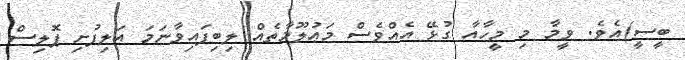
ބީސީ)އެވެ. ވީމާ މި މީހާއާ ގުޅޭ އެއްވެސް މަޢުލޫމާތެއް ލިބިފައިވާނަމަ އަލިފުށި ޕޮލިސް